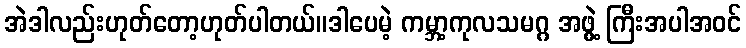
အဲဒါလည်းဟုတ်တော့ဟုတ်ပါတယ်။ဒါပေမဲ့ ကမ္ဘာ့ကုလသမဂ္ဂ အဖွဲ့ ကြီးအပါအဝင်